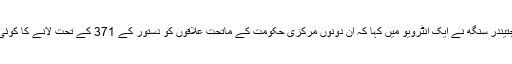
مرکزی وزیر جتیندر سنگھ نے ایک انٹرویو میں کہا کہ ان دونوں مرکزی حکومت کے ماتحت علاقوں کو دستور کے 371 کے تحت لانے کا کوئی ارادہ نہیں ہے۔